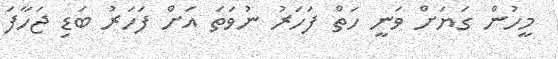
މީހުން ގަޔަށް ވަނީ ހަތް ފަހަރު ނުވަތަ އަށް ފަހަރު ބަޑި ޖަހާފަ